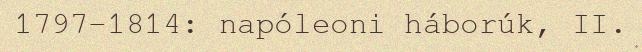
1797–1814: napóleoni háborúk, II.